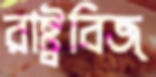
রাষ্ট্রবিজ্